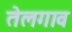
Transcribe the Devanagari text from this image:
तेलगाव